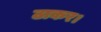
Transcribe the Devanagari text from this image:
ठाकर।